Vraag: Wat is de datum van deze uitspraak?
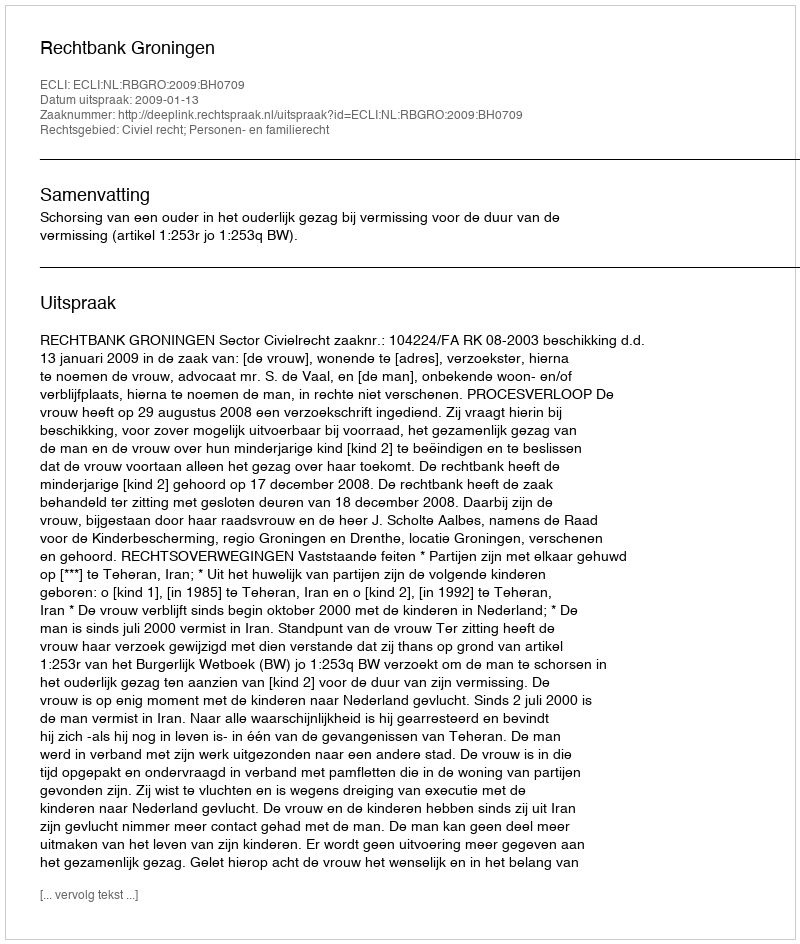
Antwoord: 2009-01-13